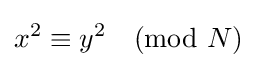
x^{2}\equiv y^{2}{\pmod {N}}